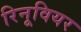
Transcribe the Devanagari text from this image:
रिनूवियर